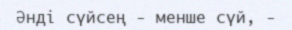
Әнді сүйсең - менше сүй, -